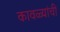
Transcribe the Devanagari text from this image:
कावळ्यांची